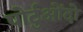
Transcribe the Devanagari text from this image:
पोर्टुओंदो